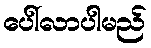
ပေါ်လာပါမည်